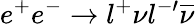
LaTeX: e^{+}e^{-}\rightarrow l^{+}\nu l^{-\prime}\overline{{{\nu}}}